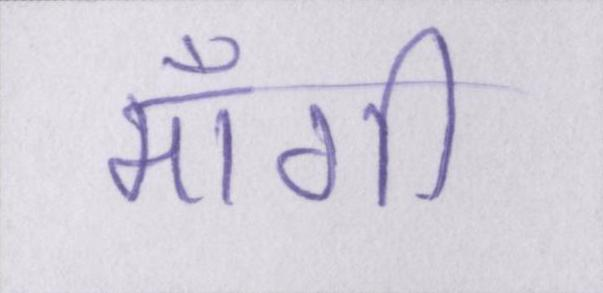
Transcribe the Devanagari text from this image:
माँगी